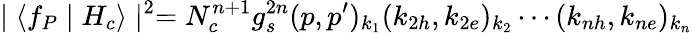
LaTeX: \mid\langle f_{P}\mid H_{c}\rangle\mid^{2}=N_{c}^{n+1}g_{s}^{2n}(p,p^{\prime})_{k_{1}}(k_{2h},k_{2e})_{k_{2}}\cdots(k_{nh},k_{ne})_{k_{n}}